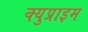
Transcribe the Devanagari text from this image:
क्युप्राइम